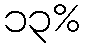
၁၃%